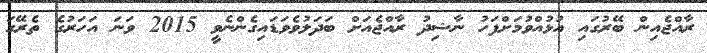
ރާއްޖެއިން ބޭރުގައި އުޅުއްވުމަށްފަހު ނާޝިދު ރާއްޖެއަށް ބަދަލުވެވަޑައިގެންނެވީ 2015 ވަނަ އަހަރުގެ ތެރޭގަ